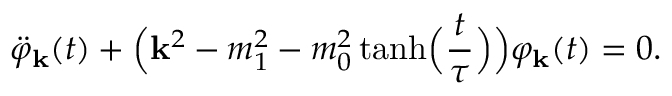
\ddot { \varphi } _ { \bf k } ( t ) + \Bigl ( { \bf k } ^ { 2 } - m _ { 1 } ^ { 2 } - m _ { 0 } ^ { 2 } \operatorname { t a n h } \Bigl ( \frac { t } { \tau } \Bigr ) \Bigr ) \varphi _ { \bf k } ( t ) = 0 .